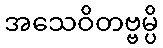
အသေဝိတဗ္ဗမ္ပိ